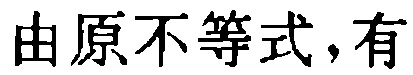
由原不等式，有